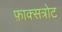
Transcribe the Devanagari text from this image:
फ़ाक्सत्रोट